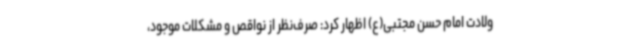
ولادت امام حسن مجتبی(ع) اظهار کرد: صرف‌نظر از نواقص و مشکلات موجود،